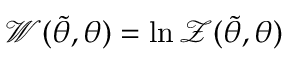
\mathcal { W } ( \tilde { \theta } , \theta ) = \ln \mathcal { Z } ( \tilde { \theta } , \theta )